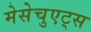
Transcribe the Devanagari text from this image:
मेसेचुएट्स